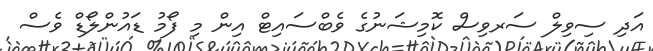
އަދި ސިވިލް ސަރވިސް ކޮމިޝަނުގެ ވެބްސައިޓް އިން މި ފޯމު ޑައުންލޯޑް ވެސް